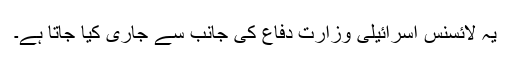
یہ لائسنس اسرائیلی وزارت دفاع کی جانب سے جاری کیا جاتا ہے۔